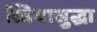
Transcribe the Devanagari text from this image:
स्त्रियासुद्धा